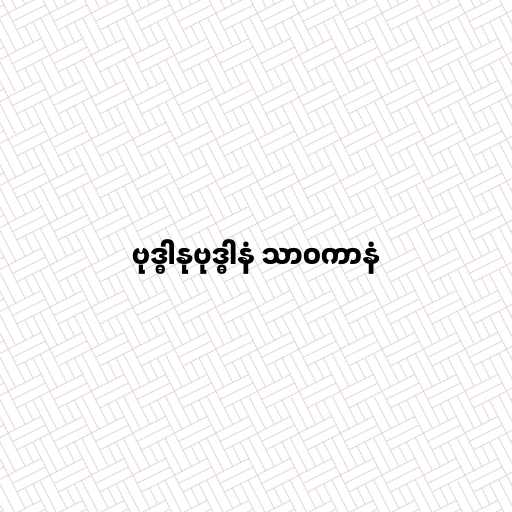
ဗုဒ္ဓါနုဗုဒ္ဓါနံ သာဝကာနံ